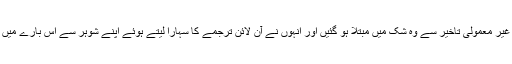
مہک کا کہنا تھا کہ کاغذات کی تیاری میں غیر معمولی تاخیر سے وہ شک میں مبتلا ہو گئیں اور انہوں نے آن لائن ترجمے کا سہارا لیتے ہوئے اپنے شوہر سے اس بارے میں پوچھا تو اس نے خاطر خواہ جواب نہیں دیا۔